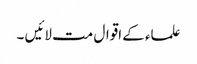
علماء کے اقوال مت لائیں ۔